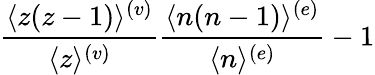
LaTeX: {\frac{\langle z(z-1)\rangle^{(v)}}{\langle z\rangle^{(v)}}}{\frac{\langle n(n-1)\rangle^{(e)}}{\langle n\rangle^{(e)}}}-1